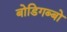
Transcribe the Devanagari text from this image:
बोडिगब्बो